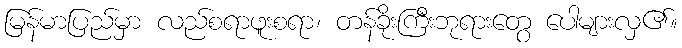
မြန်မာပြည်မှာ လည်စရာဖူးစရာ၊ တန်ခိုးကြီးဘုရားတွေ ပေါများလှ၏။